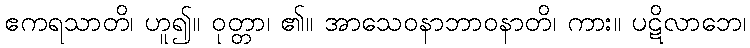
ဧကရသာတိ၊ ဟူ၍။ ဝုတ္တာ၊ ၏။ အာသေဝနာဘာဝနာတိ၊ ကား။ ပဋိလာဘေ၊